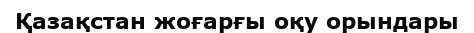
Қазақстан жоғарғы оқу орындары